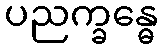
ပညက္ခန္ဓေ